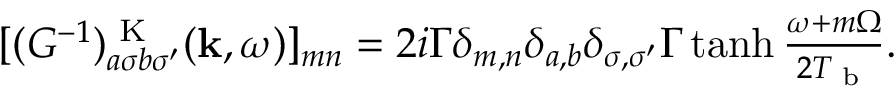
\begin{array} { r } { [ ( G ^ { - 1 } ) _ { a \sigma b \sigma ^ { \prime } } ^ { \textrm { K } } ( \mathbf { k } , \omega ) ] _ { m n } = 2 i \Gamma \delta _ { m , n } \delta _ { a , b } \delta _ { \sigma , \sigma ^ { \prime } } \Gamma \operatorname { t a n h } \frac { \omega + m \Omega } { 2 T _ { \textrm { b } } } . } \end{array}